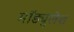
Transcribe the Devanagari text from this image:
मॉड्युलेश